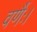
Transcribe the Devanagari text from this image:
वर्णैः।